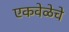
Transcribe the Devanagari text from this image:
एकवेळेचे